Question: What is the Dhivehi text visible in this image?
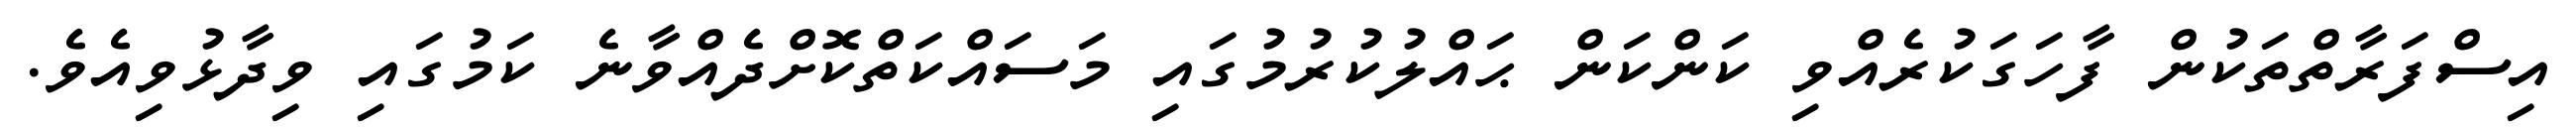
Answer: އިސްފަރާތްތަކުން ފާހަގަކުރެއްވި ކަންކަން ޙައްލުކުރުމުގައި މަސައްކަތްކޮށްދެއްވާނެ ކަމުގައި ވިދާޅުވިއެވެ.